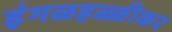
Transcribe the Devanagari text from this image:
इंगळहळ्ळीकर